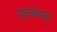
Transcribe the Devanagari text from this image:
गुलबन्द